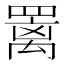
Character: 䍠